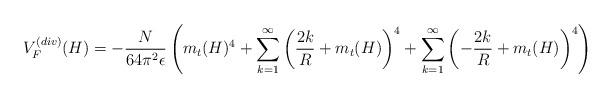
LaTeX: \begin{align*}V_F^{(div)}(H) =-\frac{N}{64 \pi^2 \epsilon}\left(m_t(H)^4 +\sum_{k=1}^{\infty}\left(\frac{2k}{R} + m_t(H)\right )^4 + \sum_{k=1}^{\infty}\left(-\frac{2k}{R} +m_t(H)\right )^4 \right)\end{align*}